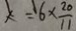
x = 6 \times \frac { 2 0 } { 1 1 }